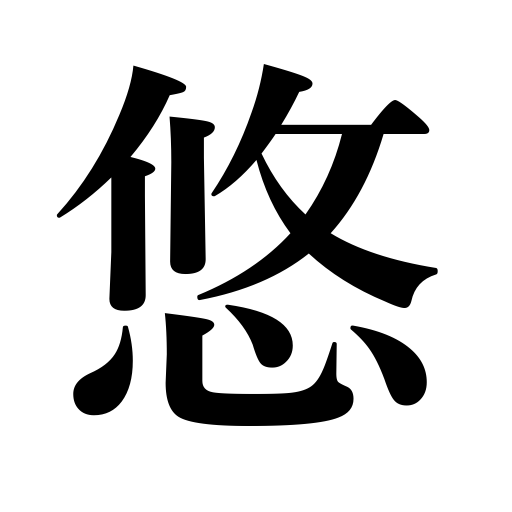
Meanings: longtime,distant,leisure